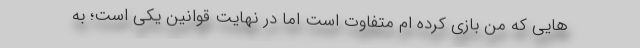
هایی که من بازی کرده ام متفاوت است اما در نهایت قوانین یکی است؛ به